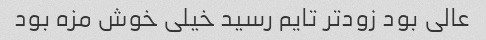
عالی بود زودتر تایم رسید خیلی خوش مزه بود